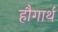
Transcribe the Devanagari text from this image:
हौगार्थ